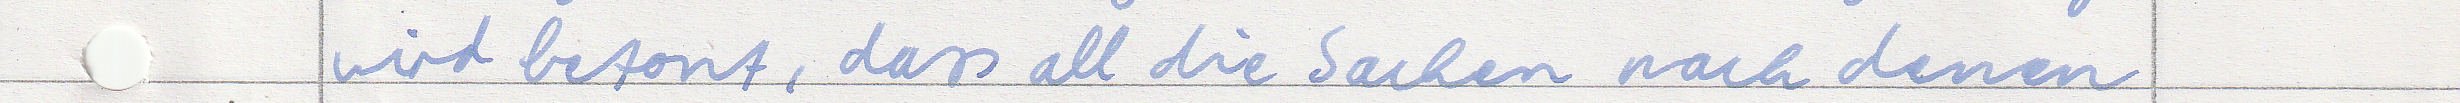
wird betont, dass all die Sachen nach denen